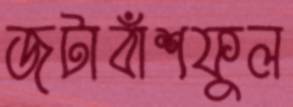
জটাবাঁশফুল